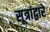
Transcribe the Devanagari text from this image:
सूत्रांद्वारे